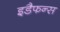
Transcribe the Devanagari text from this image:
इडैफन्स